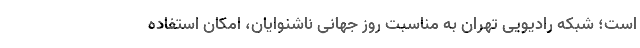
است؛ شبکه رادیویی تهران به مناسبت روز جهانی ناشنوایان، امکان استفاده